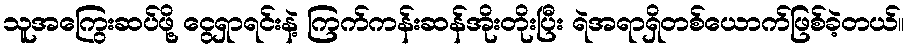
သူအကြွေးဆပ်ဖို့ ငွေရှာရင်းနဲ့ ကြက်ကန်းဆန်အိုးတိုးပြီး ရဲအရာရှိတစ်ယောက်ဖြစ်ခဲ့တယ်။